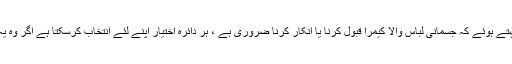
آخر میں ، کہیں بھی کوئی صریح اصول موجود نہیں ہے کہ یہ کہتے ہوئے کہ جسمانی لباس والا کیمرا قبول کرنا یا انکار کرنا ضروری ہے ، ہر دائرہ اختیار اپنے لئے انتخاب کرسکتا ہے اگر وہ یہ چاہتا ہے اور وہ جانتا ہے کہ وہ اس کے لئے کیوں جا رہے ہیں۔